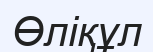
Өліқұл